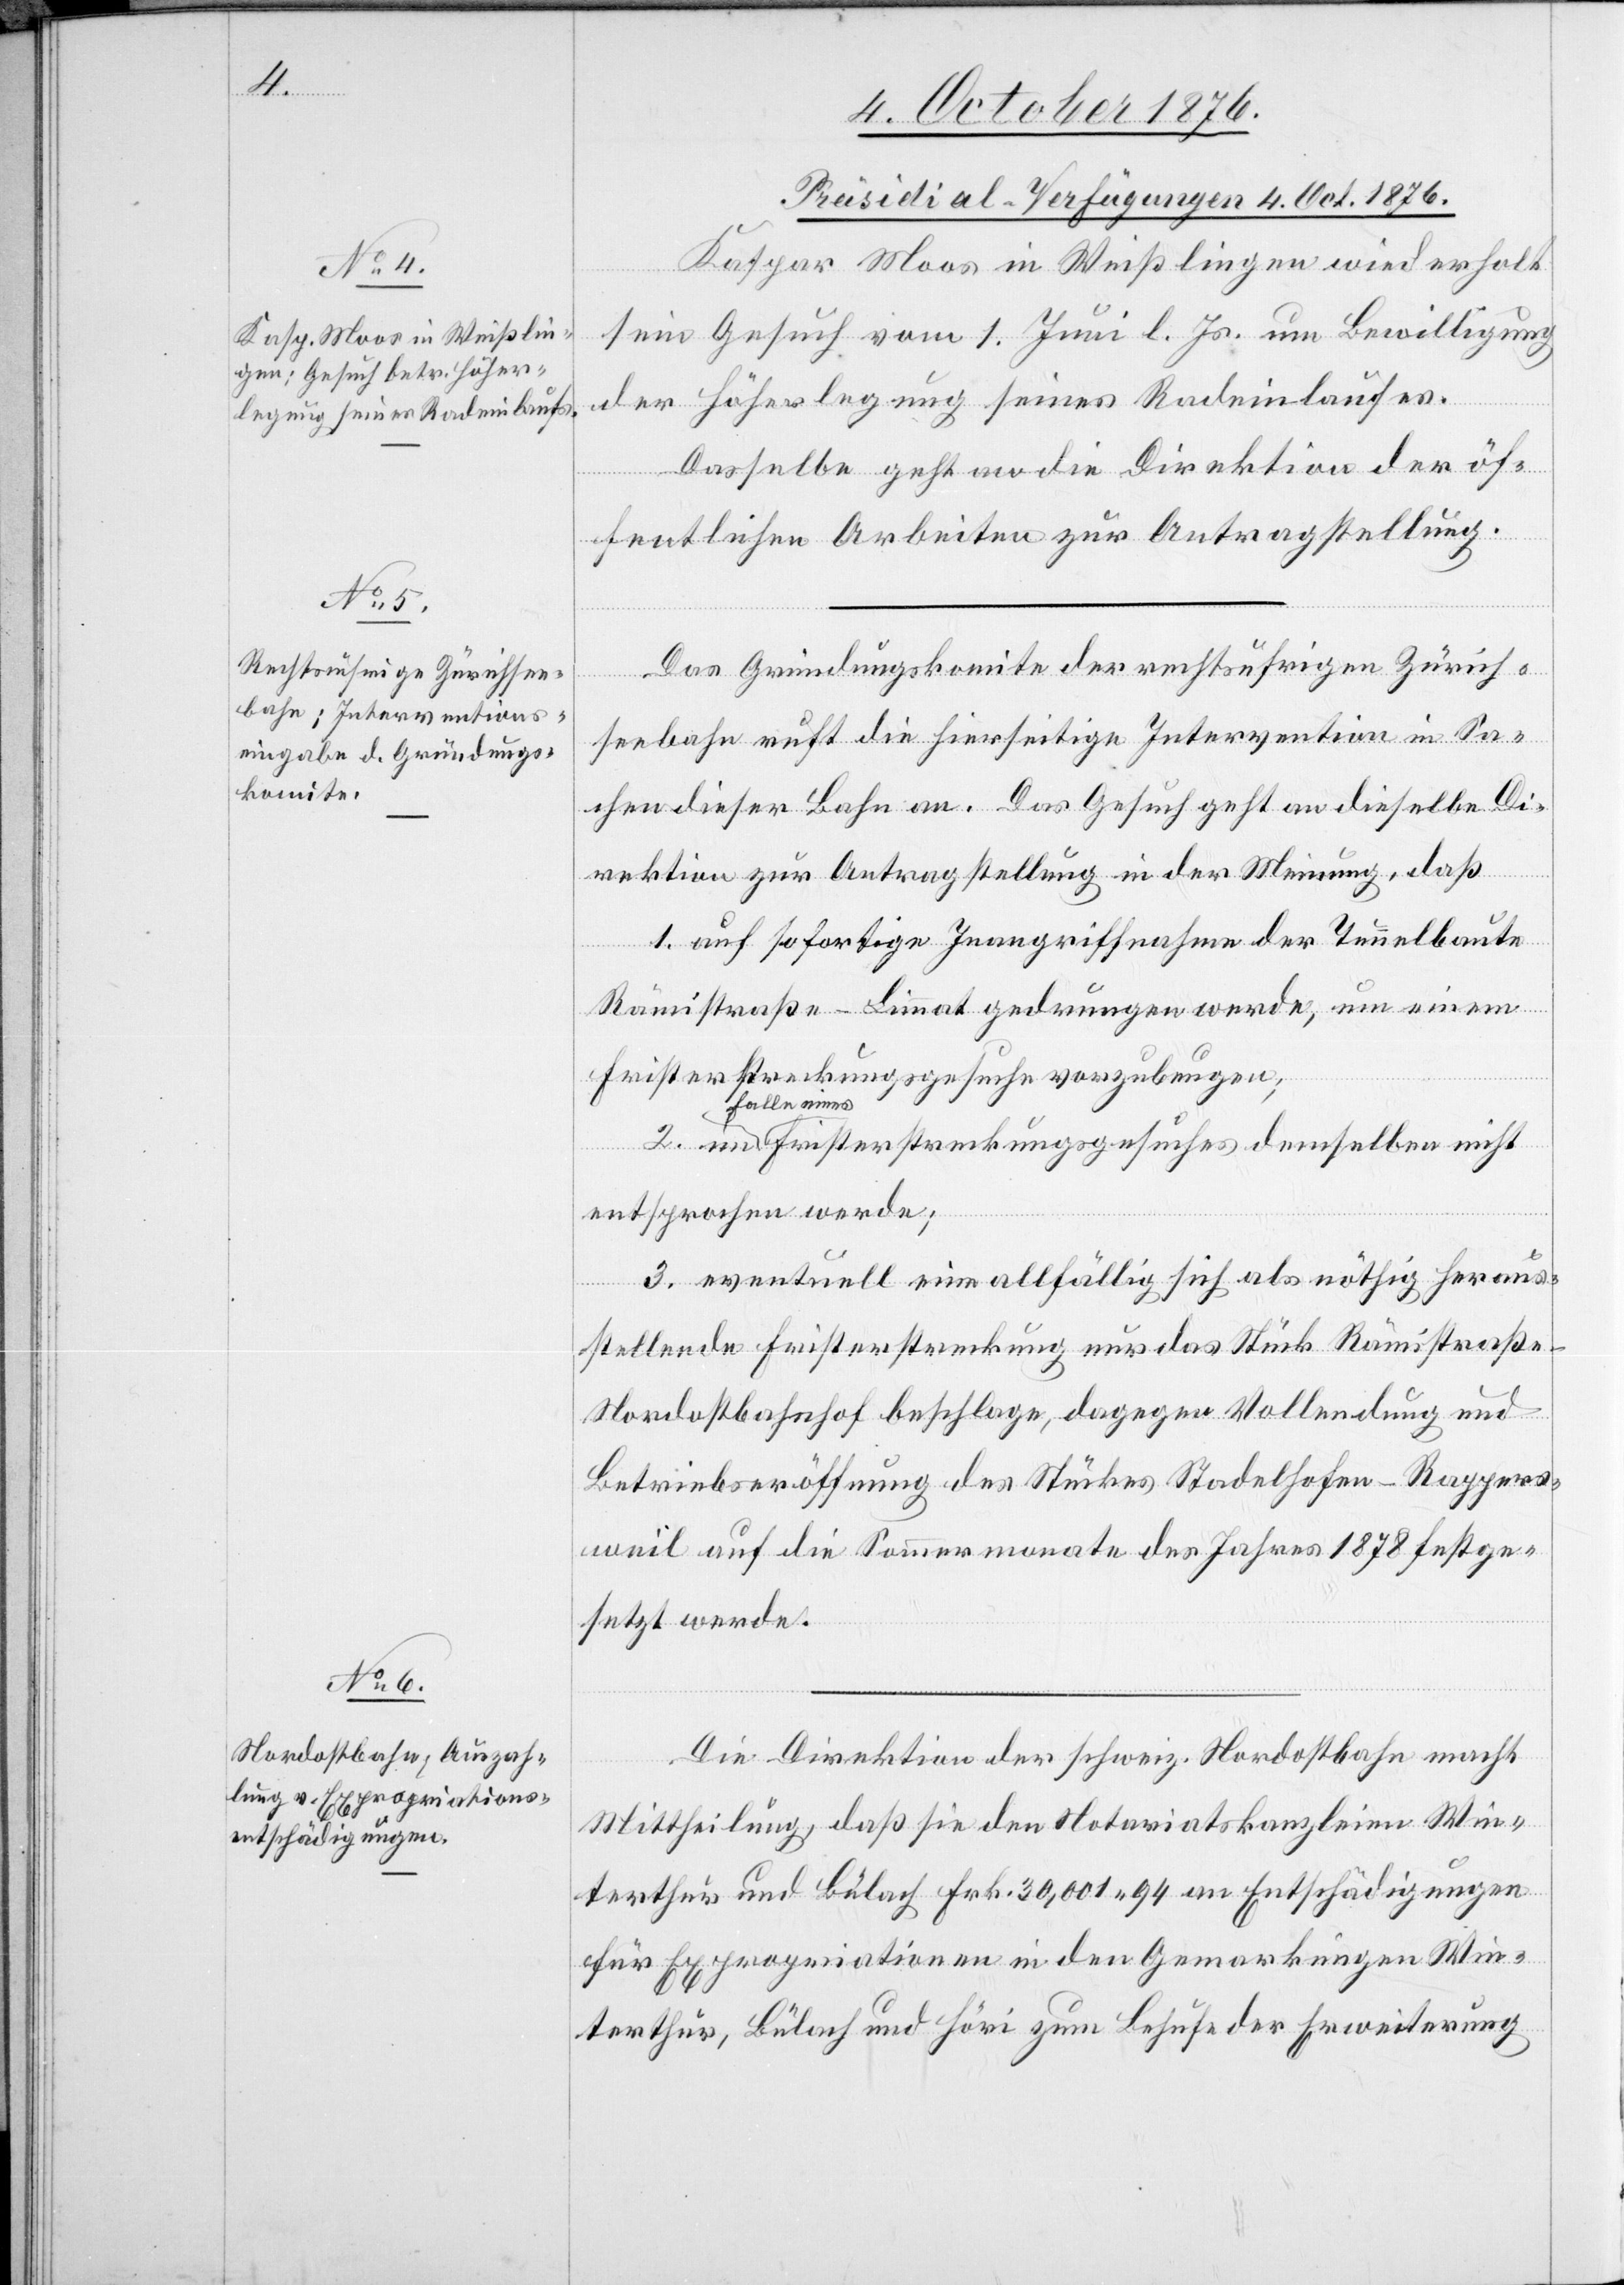
[Präsidial-Verfügungen 4. Oct. 1876.]
Kaspar Moos in Weißlingen wiederholt
sein Gesuch vom 1. Juni l. Js. um Bewilligung
der Höherlegung seines Radeinlaufes.
Dasselbe geht an die Direktion der öf¬
fentlichen Arbeiten zur Antragstellung.
Das Gründungskomite der rechtsufrigen Zürich¬
seebahn ruft die hierseitige Intervention in Sa¬
chen dieser Bahn an. Das Gesuch geht an dieselbe Di¬
rektion zur Antragstellung in der Meinung, daß
1. auf sofortige Inangriffnahme der Tunnelbaute
Rämistraße–Limmat gedrungen werde, um einem
Fristerstreckungsgesuche vorzubeugen;
Falle eine¬
s Fristerstreckungsgesuches demselben nicht
entsprochen werde;
3. eventuell eine allfällig sich als nöthig heraus¬
stellende Fristerstreckung nur das Stück Rämistraß¬
e–Nordostbahnhof beschlage, dagegen Vollendung und
Betriebseröffnung des Stückes Stadelhofen–Rappers¬
weil auf die Sommermonate des Jahres 1878 festge¬
setzt werde.
Die Direktion der schweiz. Nordostbahn macht
Mittheilung, daß sie den Notariatskanzleien Win¬
terthur und Bülach Frk. 30,001 94 an Entschädigungen
für Expropriationen in den Gemarkungen Win¬
terthur, Bülach und Höri zum Behufe der Erweiterung